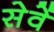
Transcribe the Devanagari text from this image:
सेवें